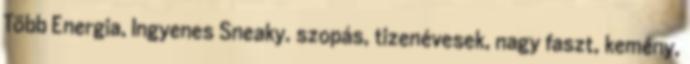
Több Energia, Ingyenes Sneaky. szopás, tizenévesek, nagy faszt, kemény,